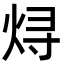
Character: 𬊈